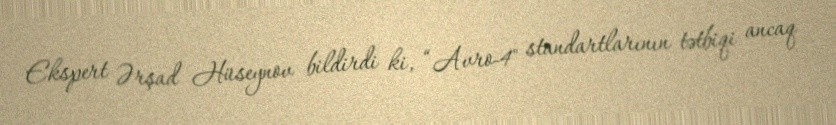
Ekspert Ərşad Hüseynov bildirdi ki, “Avro-4" standartlarının tətbiqi ancaq